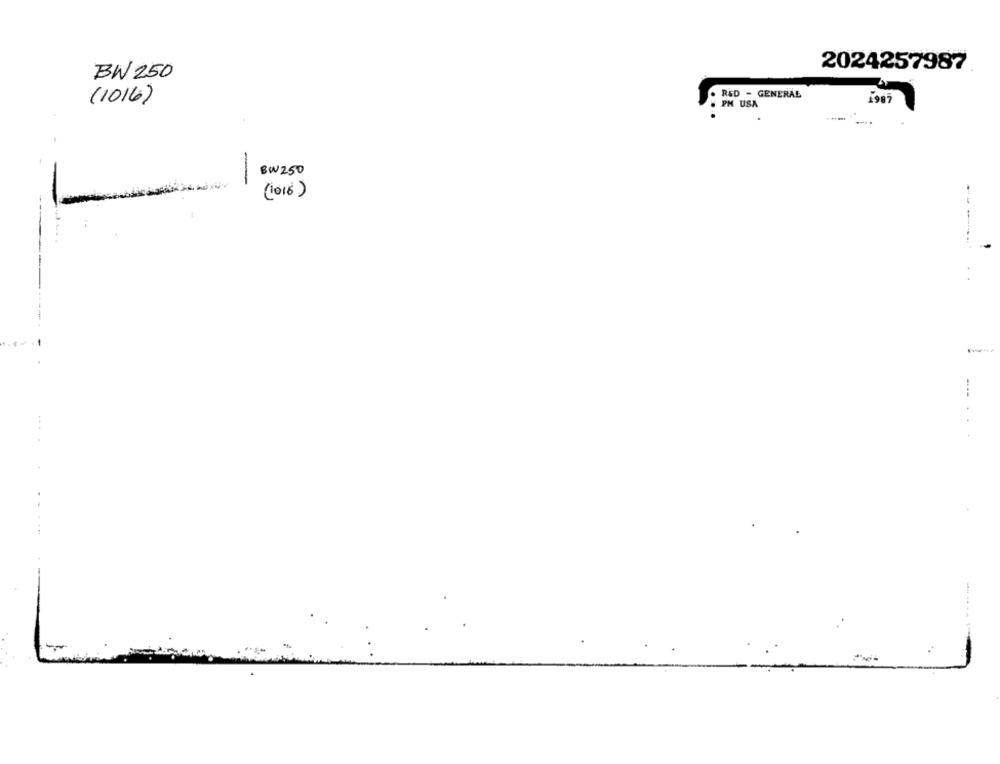
2024257987
BW 250
(1016)
RED - GENERAL
PM USA
1907
BW250
-
(2018)
--